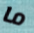
ما